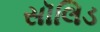
સૉલિડ